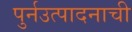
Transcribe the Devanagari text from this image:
पुर्नउत्पादनाची